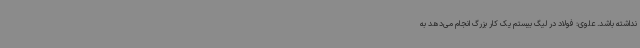
نداشته باشد. علوی: فولاد در لیگ بیستم یک کار بزرگ انجام می‌دهد به